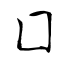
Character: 囗